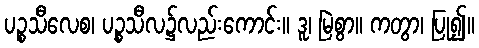
ပဉ္စသီလေစ၊ ပဉ္စသီလ၌လည်းကောင်း။ ဒူ၊ မြဲစွာ။ ကတွာ၊ ပြု၍။